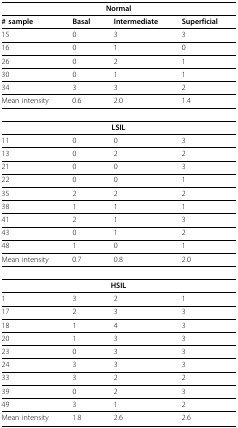
| <COLSPAN=4> Normal |
 | --- | --- | --- | --- |
 | # sample | Basal | Intermediate | Superficial |
 | 15 | 0 | 3 | 3 |
 | 16 | 0 | 1 | 0 |
 | 26 | 0 | 2 | 1 |
 | 30 | 0 | 1 | 1 |
 | 34 | 3 | 3 | 2 |
 | Mean intensity | 0.6 | 2.0 | 1.4 |
 | <COLSPAN=4> LSIL |
 | 11 | 0 | 0 | 3 |
 | 13 | 0 | 2 | 2 |
 | 21 | 0 | 0 | 3 |
 | 22 | 0 | 0 | 1 |
 | 35 | 2 | 2 | 2 |
 | 38 | 1 | 1 | 1 |
 | 41 | 2 | 1 | 3 |
 | 43 | 0 | 1 | 2 |
 | 48 | 1 | 0 | 1 |
 | Mean intensity | 0.7 | 0.8 | 2.0 |
 | <COLSPAN=4> HSIL |
 | 1 | 3 | 2 | 1 |
 | 17 | 2 | 3 | 3 |
 | 18 | 1 | 4 | 3 |
 | 20 | 1 | 3 | 3 |
 | 23 | 0 | 3 | 3 |
 | 24 | 3 | 3 | 3 |
 | 33 | 3 | 2 | 2 |
 | 39 | 0 | 2 | 3 |
 | 49 | 3 | 1 | 2 |
 | Mean intensity | 1.8 | 2.6 | 2.6 |